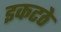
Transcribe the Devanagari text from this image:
इकटठे